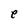
Character: e